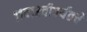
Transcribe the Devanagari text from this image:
११व१२वीपर्यंतचे